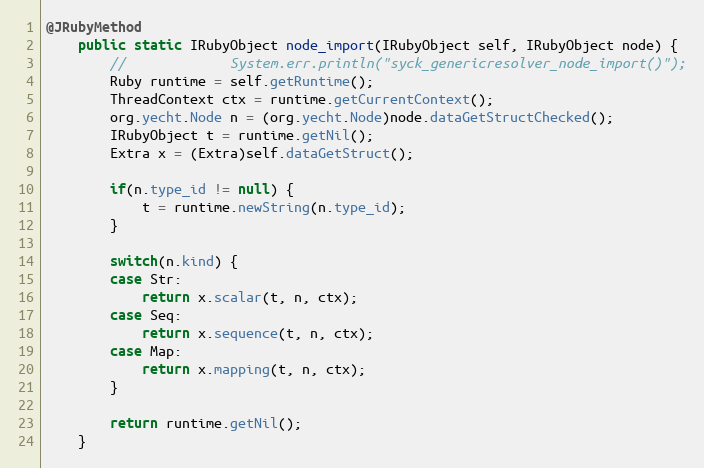
Language: Java
@JRubyMethod
    public static IRubyObject node_import(IRubyObject self, IRubyObject node) {
        //             System.err.println("syck_genericresolver_node_import()");
        Ruby runtime = self.getRuntime();
        ThreadContext ctx = runtime.getCurrentContext();
        org.yecht.Node n = (org.yecht.Node)node.dataGetStructChecked();
        IRubyObject t = runtime.getNil();
        Extra x = (Extra)self.dataGetStruct();

        if(n.type_id != null) {
            t = runtime.newString(n.type_id);
        }

        switch(n.kind) {
        case Str:
            return x.scalar(t, n, ctx);
        case Seq:
            return x.sequence(t, n, ctx);
        case Map:
            return x.mapping(t, n, ctx);
        }

        return runtime.getNil();
    }